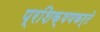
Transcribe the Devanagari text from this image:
प्रशिक्षणकर्ते